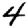
Digit: 4